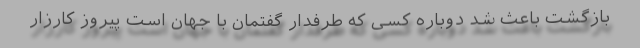
بازگشت باعث شد دوباره کسی که طرفدار گفتمان با جهان است پیروز کارزار